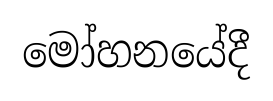
මෝහනයේදී